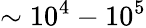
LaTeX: \sim 10^{4}-10^{5}